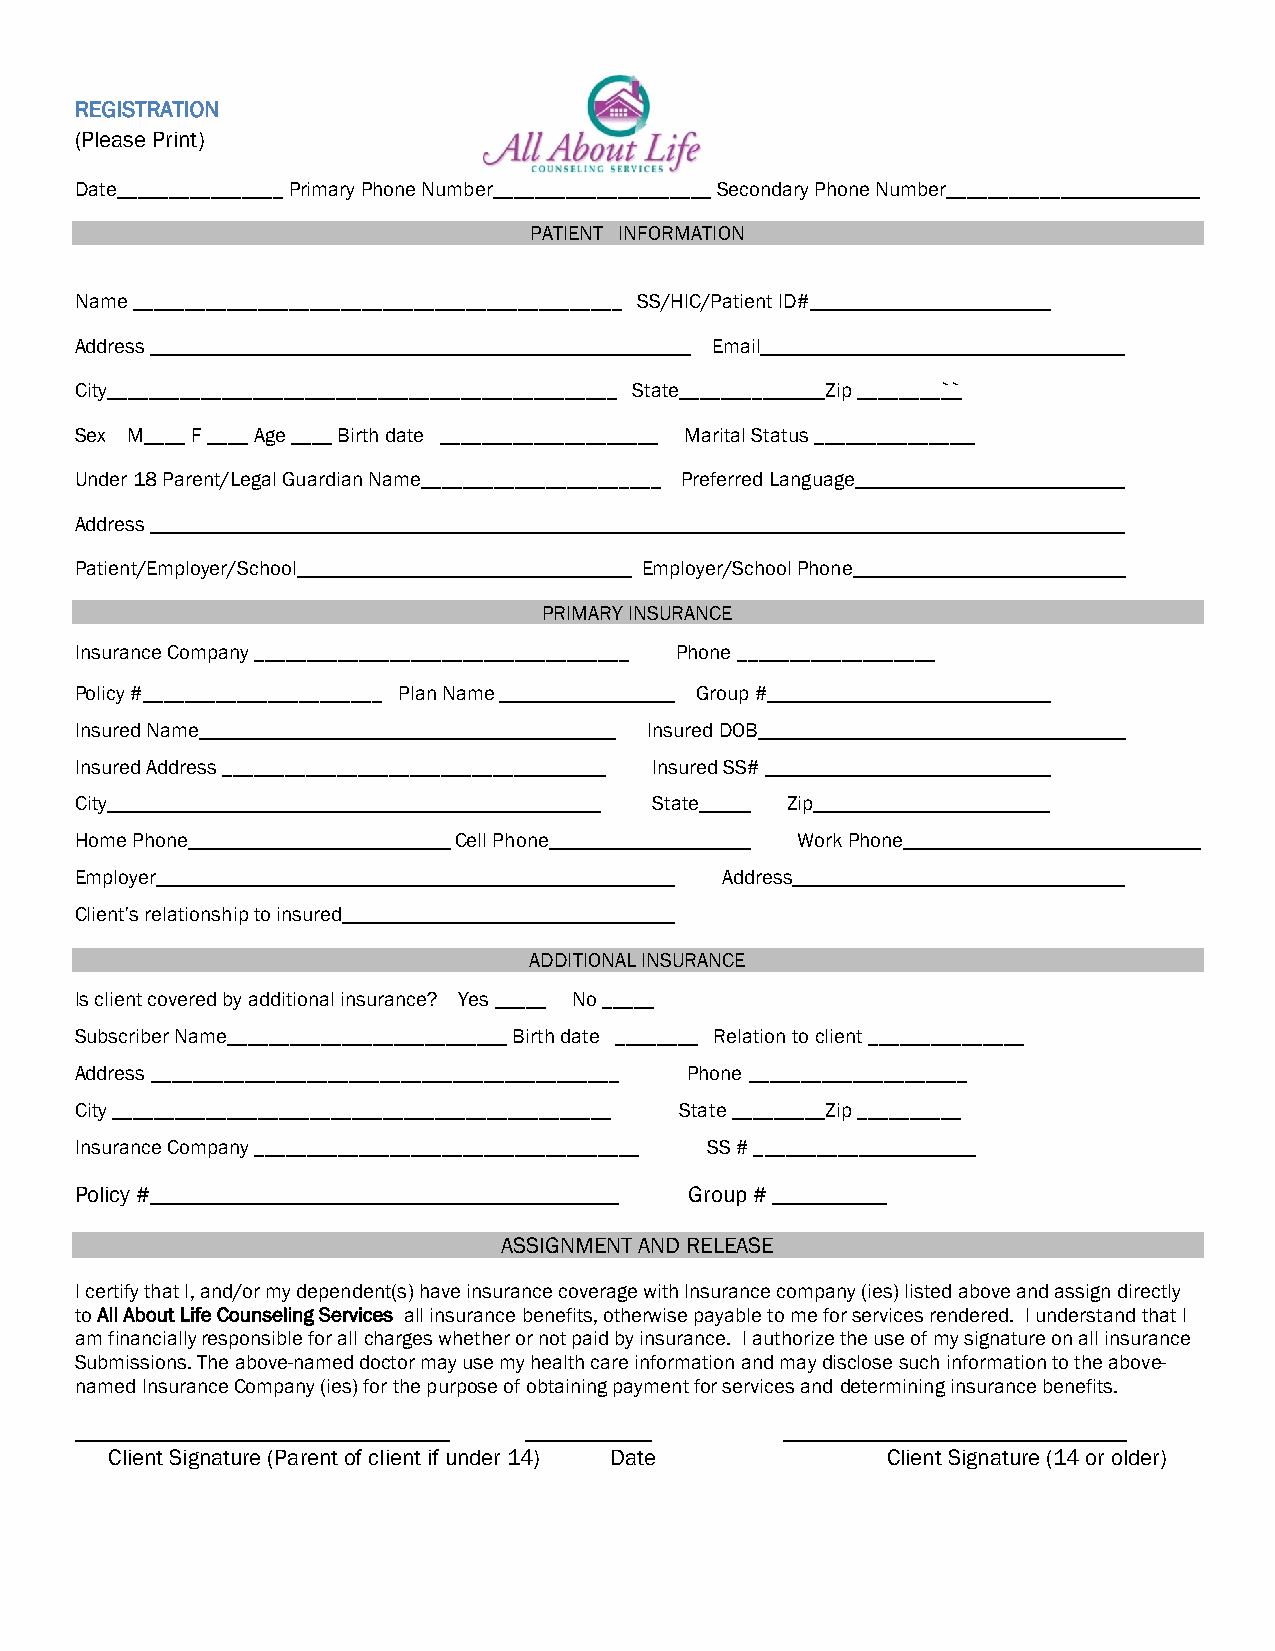
REGISTRATION
 (Please Print)
 Date________________ Primary Phone Number_____________________ Secondary Phone Number_____________
 PATIENT INFORMATION
 Name _______________________________________________ SS/HIC/Patient ID#
 Address                                   Email
 City_________________________________________________ State________ Zip ________``
 Sex M____ F ____ Age ____ Birth date _____________________ Marital Status _______________
 Under 18 Parent/Legal Guardian Name_______________________ Preferred Language
 Address
 Patient/Employer/School              Employer/School Phone
 PRIMARY INSURANCE
 Insurance Company ____________________________________ Phone ___________________
 Policy #_______________________ Plan Name Group #
 Insured Name                          Insured DOB
 Insured Address ____________________________ Insured SS#
 City                                  State    Zip
 Home Phone               Cell Phone             Work Phone
 Employer                                   Address
 Client’s relationship to insured
 ADDITIONAL INSURANCE
 Is client covered by additional insurance? Yes _____ No _____
 Subscriber Name___________________________ Birth date ________ Relation to client _______________
 Address _____________________________________________ Phone _____________________
 City ________________________________________________ State _________Zip __________
 Insurance Company _____________________________________ SS # ___________
 Policy #_________________________________________ Group # __________
 ASSIGNMENT AND RELEASE
 I certify that I, and/or my dependent(s) have insurance coverage with Insurance company (ies) listed above and assign directly
 to All About Life Counseling Services all insurance benefits, otherwise payable to me for services rendered. I understand that I
 am financially responsible for all charges whether or not paid by insurance. I authorize the use of my signature on all insurance
 Submissions. The above-named doctor may use my health care information and may disclose such information to the above-
 named Insurance Company (ies) for the purpose of obtaining payment for services and determining insurance benefits.
 ________________________________ ___________   ______________________________
 Client Signature (Parent of client if under 14) Date Client Signature (14 or older)